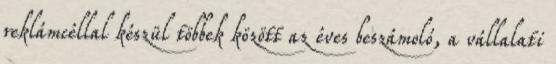
reklámcéllal készül többek között az éves beszámoló, a vállalati